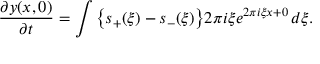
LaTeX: { \frac { \partial y ( x , 0 ) } { \partial t } } = \int { \bigl \{ } s _ { + } ( \xi ) - s _ { - } ( \xi ) { \bigr \} } 2 \pi i \xi e ^ { 2 \pi i \xi x + 0 } \, d \xi .